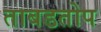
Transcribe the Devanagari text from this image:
ताबडतोप